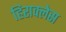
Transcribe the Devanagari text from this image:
हिराक्लेस